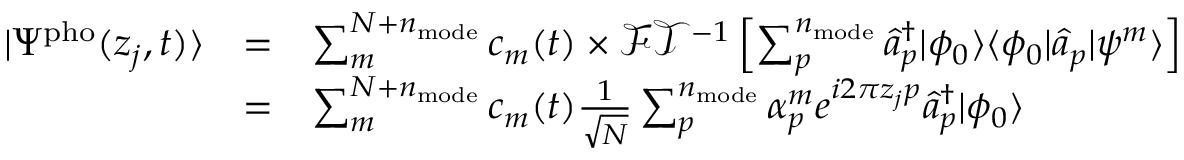
\begin{array} { c c l } { | \Psi ^ { \mathrm { p h o } } ( z _ { j } , t ) \rangle } & { = } & { \sum _ { m } ^ { N + n _ { \mathrm { m o d e } } } c _ { m } ( t ) \times \mathcal { F T } ^ { - 1 } \left[ \sum _ { p } ^ { n _ { \mathrm { m o d e } } } \hat { a } _ { p } ^ { \dagger } | \phi _ { 0 } \rangle \langle \phi _ { 0 } | \hat { a } _ { p } | \psi ^ { m } \rangle \right] } \\ & { = } & { \sum _ { m } ^ { N + n _ { \mathrm { m o d e } } } c _ { m } ( t ) \frac { 1 } { \sqrt N } \sum _ { p } ^ { n _ { \mathrm { m o d e } } } \alpha _ { p } ^ { m } e ^ { i 2 \pi z _ { j } p } \hat { a } _ { p } ^ { \dagger } | \phi _ { 0 } \rangle } \end{array}